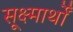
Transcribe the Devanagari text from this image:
सूक्ष्मार्थों